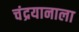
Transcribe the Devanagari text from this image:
चंद्रयानाला